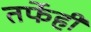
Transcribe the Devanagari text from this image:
तर्फेही